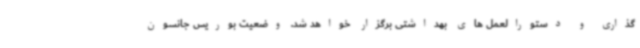
گذاری و دستورالعمل های بهداشتی برگزار خواهد شد. وضعیت بوریس جانسون